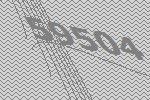
59504